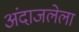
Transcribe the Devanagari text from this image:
अंदाजलेला